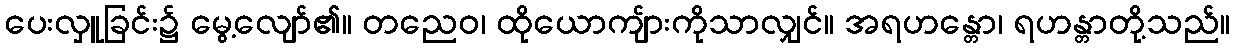
ပေးလှူခြင်း၌ မွေ့လျော်၏။ တညေဝ၊ ထိုယောကျ်ားကိုသာလျှင်။ အရဟန္တော၊ ရဟန္တာတို့သည်။